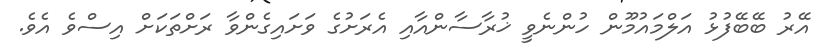
އޭރު ބޭބޭފުޅު އަލްމައުމޫން ހުންނެވީ ޚުރާސާންއާއި އެރަށުގެ ވަށައިގެންވާ ރަށްތަކަށް އިސްވެ އެވެ.